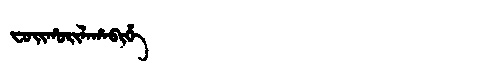
Manchu: ᠸᠣᡳᡥᠣᡵᡳᠯᠠᡥᠠᠪᡳᡥᡝ
Romanization: FOIHORILAHABIHE